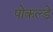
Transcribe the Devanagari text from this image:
पोकल्डे